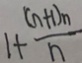
1 + \frac { ( n + 1 ) n } { n }